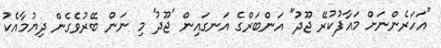
"އަހަރެންނަށް މައާފުކުރޭ ޖޫދު" އަންބަރްގެ އަނގައިން 'ޖޫދު' މި ނަން ބޭރުވެގެން ދިޔުމާއެކު